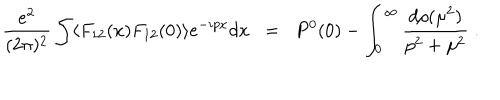
\frac { e ^ { 2 } } { ( 2 \pi ) ^ { 2 } } \int \langle F _ { 1 2 } ( x ) F _ { 1 2 } ( 0 ) \rangle e ^ { - i p x } d x \; \; = \; \; P ^ { 0 } ( 0 ) - \int _ { 0 } ^ { \infty } \frac { d \rho ( \mu ^ { 2 } ) } { p ^ { 2 } + \mu ^ { 2 } } \; .